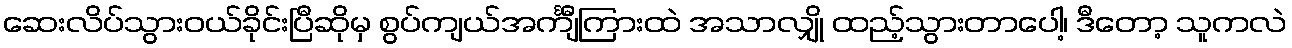
ဆေးလိပ်သွားဝယ်ခိုင်းပြီဆိုမှ စွပ်ကျယ်အင်္ကျီကြားထဲ အသာလျှို ထည့်သွားတာပေါ့၊ ဒီတော့ သူကလဲ